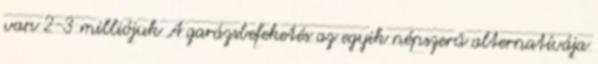
van 2-3 milliójuk A garázsbefeketés az egyik népszerű alternatívája